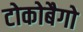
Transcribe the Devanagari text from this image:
टोकोबैगो